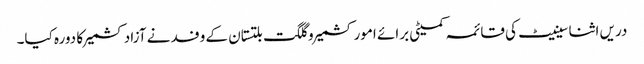
دریں اثنا سینیٹ کی قائمہ کمیٹی برائے امور کشمیر و گلگت بلتستان کے وفد نے آزادکشمیر کا دورہ کیا۔